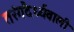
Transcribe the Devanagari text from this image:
तरंगदैर्ध्यवाली